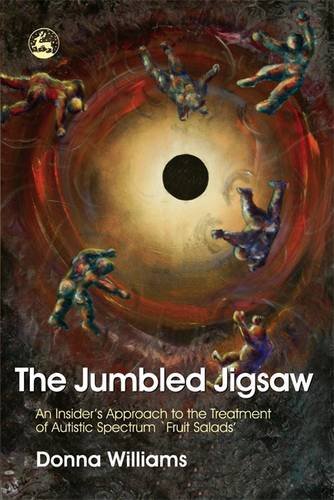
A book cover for The Jumbled Jigsaw: An Insider's Approach to the Treatment of Autistic Spectrum `Fruit Salads'; Donna Williams; Health, Fitness & Dieting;